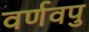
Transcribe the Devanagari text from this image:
वर्णवपु